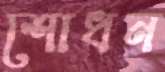
শোধন